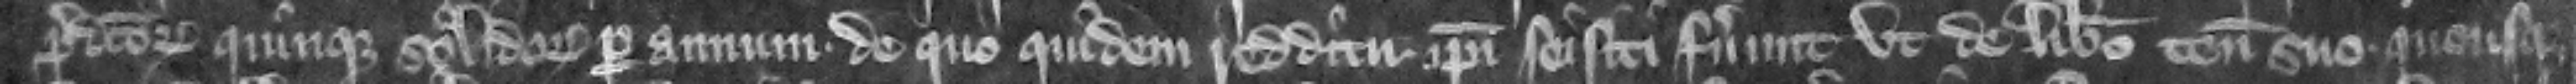
predictorum quinque solidorum per annum. de quo quidem redditu ipsi seisiti fuerunt vt de libero tenemento suo quousque